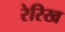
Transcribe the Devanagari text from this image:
रेरिख